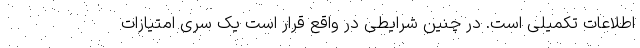
اطلاعات تکمیلی است. در چنین شرایطی در واقع قرار است یک سری امتیازات